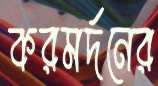
করমর্দনের